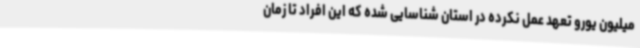
میلیون یورو تعهد عمل نکرده در استان شناسایی شده که این افراد تا زمان